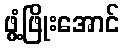
ဖွံ့ဖြိုးအောင်